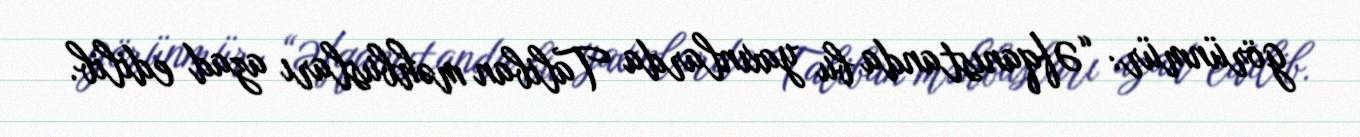
görünmür: “Əfqanıstanda bu yaxınlarda Taliban məhbusları azad edilib.